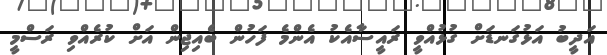
އަދީބު އަޅުގަނޑަށް ގުޅުއްވީ ރައީސާއެކު އެންމެ ފަހުން ބެއިޖިން އަށް ކުރެއްވި ރަސްމީ